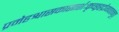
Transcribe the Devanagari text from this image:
प्रमेहश्वासकासार्शःकृच्छ्रहृद्रोगवातनुत्